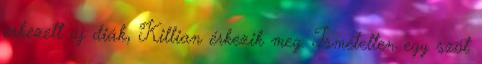
érkezett új diák, Killian érkezik meg. Ismételten egy szót